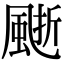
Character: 𩗙